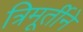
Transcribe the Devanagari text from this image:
त्रिमूर्तीने